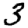
Digit: 3